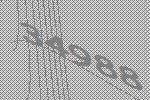
34988